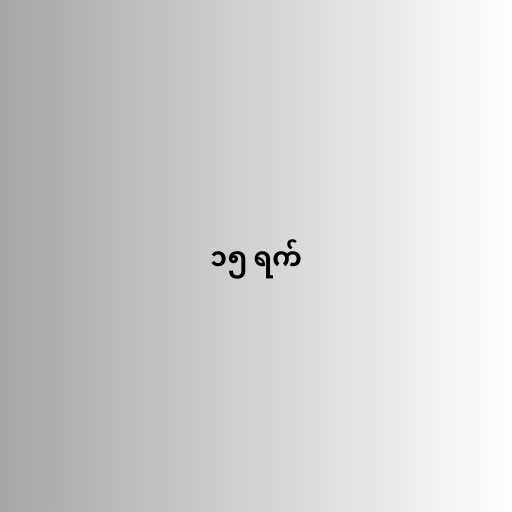
၁၅ ရက်